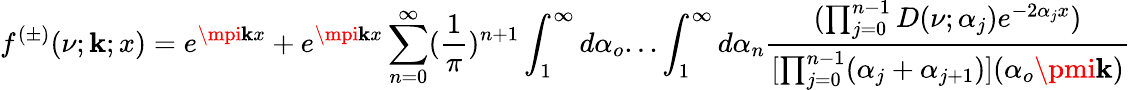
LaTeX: f^{(\pm)}(\nu;\mathbf{k};x)=e^{\mpi\mathbf{k}x}+e^{\mpi\mathbf{k}x}\sum_{n=0}^{\infty}(\frac{{1}}{{\pi}})^{n+1}\int_{1}^{\infty}d\alpha_{o}...\int_{1}^{\infty}d\alpha_{n}\frac{{(\prod_{j=0}^{n-1}D(\nu;\alpha_{j})e^{-2\alpha_{j}x})}}{{[\prod_{j=0}^{n-1}(\alpha_{j}+\alpha_{j+1})](\alpha_{o}\pmi\mathbf{k})}}